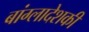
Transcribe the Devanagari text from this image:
बांग्लादेशकी